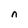
Character: n